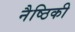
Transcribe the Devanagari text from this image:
नैष्ठिकी